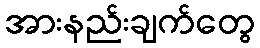
အားနည်းချက်တွေ